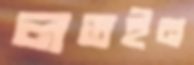
লতইন